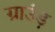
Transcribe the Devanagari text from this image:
ग्राउंड़